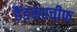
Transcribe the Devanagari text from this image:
हैंडकरचीफ